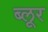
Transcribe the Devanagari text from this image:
ब्लूर